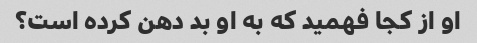
او از کجا فهمید که به او بد دهن کرده است؟